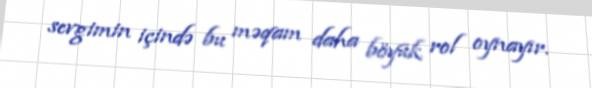
sevgimin içində bu məqam daha böyük rol oynayır.